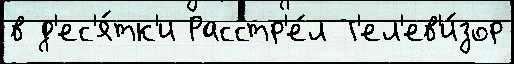
в д'ес'я́тк'и Расстр'е́л Т'ел'ев'и́зор